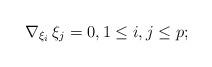
LaTeX: \begin{align*} \nabla_{\xi_i}\,\xi_j = 0,1\le i,j\le p ;\end{align*}